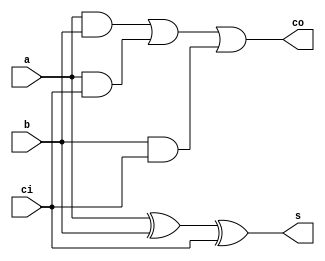

//=======================================================
//  This code is generated by Terasic System Builder
//=======================================================

module fa(



	input 		     a,
	input				  b,
	input				  ci,
	
	output			  s,
	output			  co
	
	
);



//=======================================================
//  REG/WIRE declarations
//=======================================================
assign s = a ^ b ^ ci;
assign co = (a&b) | (a&ci) | (b&ci);



//=======================================================
//  Structural coding
//=======================================================




endmodule